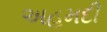
અહમદી